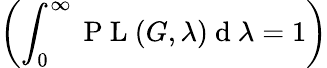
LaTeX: \left(\int_{0}^{\infty}\mathrm{~P~L~}(G,\lambda)\mathrm{~d~}\lambda=1\right)